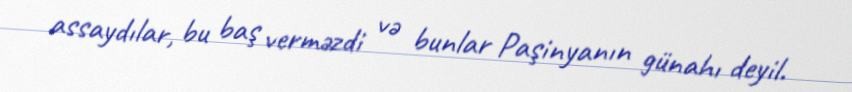
assaydılar, bu baş verməzdi və bunlar Paşinyanın günahı deyil.